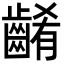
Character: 𪘱